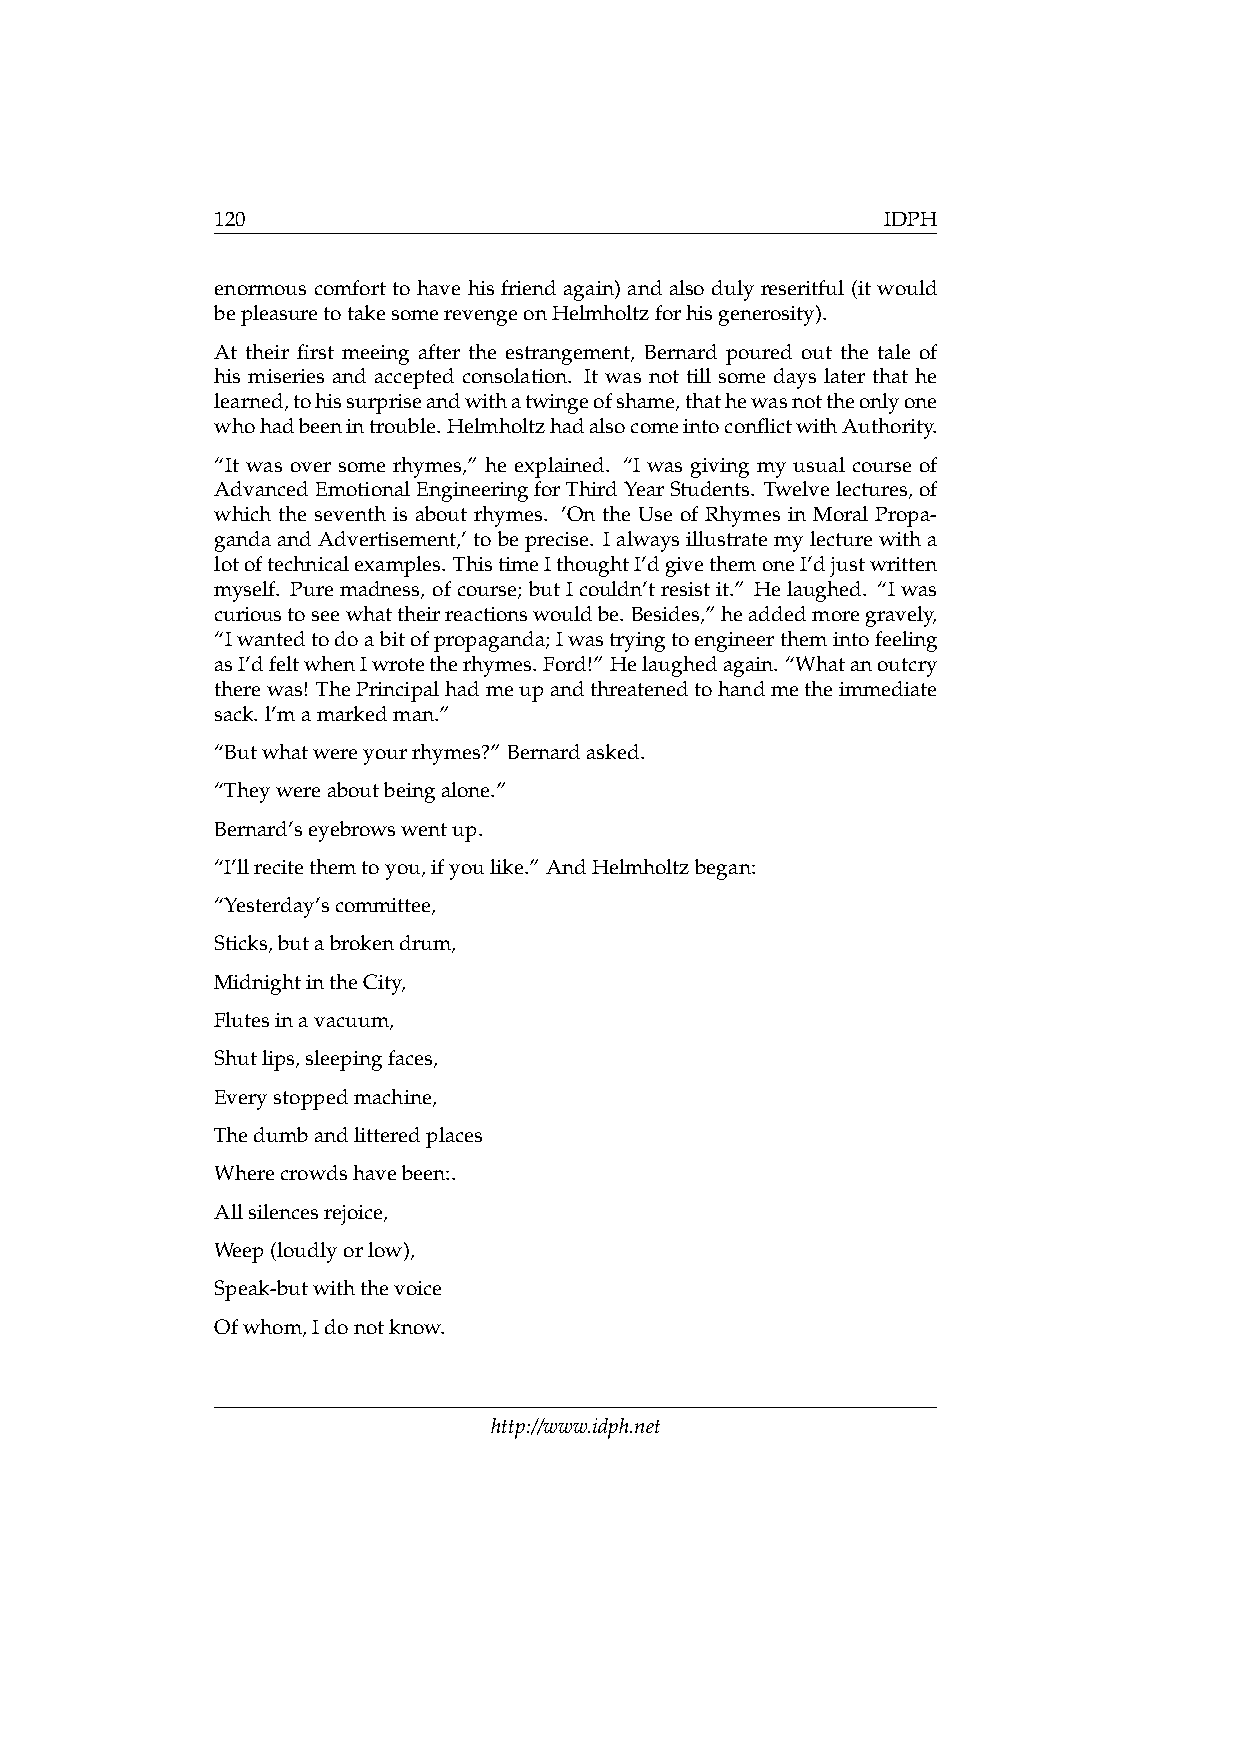
120                                          IDPH
 enormous comfort to have his friend again) and also duly reseritful (it would
 bepleasuretotakesomerevengeonHelmholtzforhisgenerosity).
 At their first meeing after the estrangement, Bernard poured out the tale of
 his miseries and accepted consolation. It was not till some days later that he
 learned,tohissurpriseandwithatwingeofshame,thathewasnottheonlyone
 whohadbeenintrouble.HelmholtzhadalsocomeintoconflictwithAuthority.
 “It was over some rhymes,” he explained. “I was giving my usual course of
 AdvancedEmotionalEngineeringforThirdYearStudents. Twelvelectures,of
 which the seventh is about rhymes. ’On the Use of Rhymes in Moral Propa-
 gandaandAdvertisement,’tobeprecise. Ialwaysillustratemylecturewitha
 lotoftechnicalexamples. ThistimeIthoughtI’dgivethemoneI’djustwritten
 myself. Puremadness, ofcourse; butIcouldn’tresistit.” Helaughed. “Iwas
 curioustoseewhattheirreactionswouldbe. Besides,”headdedmoregravely,
 “Iwantedtodoabitofpropaganda;Iwastryingtoengineerthemintofeeling
 asI’dfeltwhenIwrotetherhymes. Ford!” Helaughedagain. “Whatanoutcry
 therewas! ThePrincipalhadmeupandthreatenedtohandmetheimmediate
 sack. l’mamarkedman.”
 “Butwhatwereyourrhymes?” Bernardasked.
 “Theywereaboutbeingalone.”
 Bernard’seyebrowswentup.
 “I’llrecitethemtoyou,ifyoulike.” AndHelmholtzbegan:
 “Yesterday’scommittee,
 Sticks,butabrokendrum,
 MidnightintheCity,
 Flutesinavacuum,
 Shutlips,sleepingfaces,
 Everystoppedmachine,
 Thedumbandlitteredplaces
 Wherecrowdshavebeen:.
 Allsilencesrejoice,
 Weep(loudlyorlow),
 Speak-butwiththevoice
 Ofwhom,Idonotknow.
 http://www.idph.net